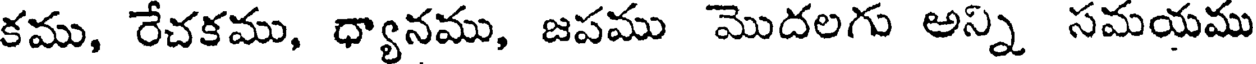
కము, రేచకము, ధ్యానము, జపము మొదలగు అన్ని సమయము